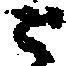
ニ